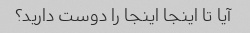
آیا تا اینجا اینجا را دوست دارید؟